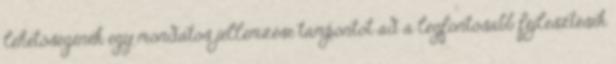
lehetőségének egy mondatos jellemzése támpontot ad a legfontosabb fejlesztések